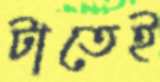
টাতেই